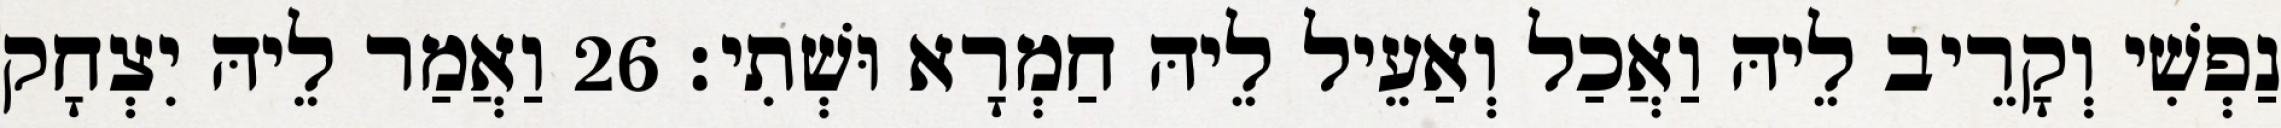
נַפְשִׁי וְקָרֵיב לֵיהּ וַאֲכַל וְאַעֵיל לֵיהּ חַמְרָא וּשְׁתִי׃ 26 וַאֲמַר לֵיהּ יִצְחָק